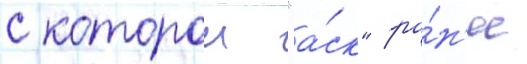
с которои "а́ск" ра́н'ее